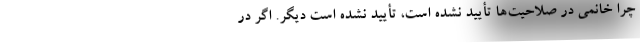
چرا خانمی در صلاحیت‌ها تأیید نشده است، تأیید نشده است دیگر. اگر در